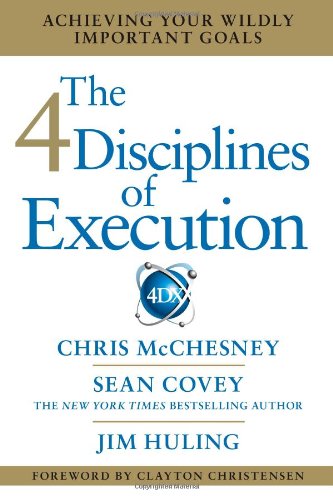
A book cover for The 4 Disciplines of Execution: Achieving Your Wildly Important Goals; Chris McChesney; Self-Help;